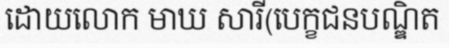
ដោយលោក មាឃ សារី(បេក្ខជនបណ្ឌិត